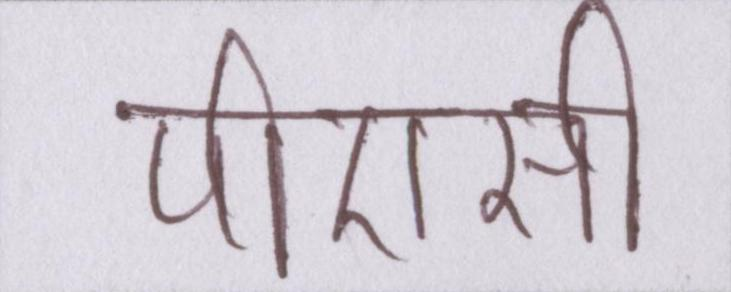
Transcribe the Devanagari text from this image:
पीएसी